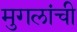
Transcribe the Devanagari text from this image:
मुगलांची